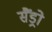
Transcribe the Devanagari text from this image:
सैंड्रो